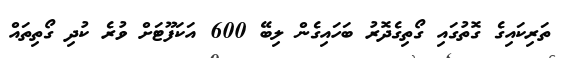
ތަރިކައިގެ ގޮތުގައި ގޯތިގެދޮރު ބަހައިގެން ލިބޭ 600 އަކަފޫޓަށް ވުރެ ކުދި ގޯތިތައް